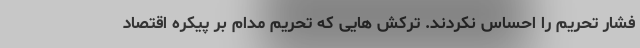
فشار تحریم را احساس نکردند. ترکش هایی که تحریم مدام بر پیکره اقتصاد